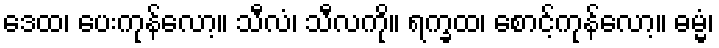
ဒေထ၊ ပေးကုန်လော့။ သီလံ၊ သီလကို။ ရက္ခထ၊ စောင့်ကုန်လော့။ ဓမ္မံ၊